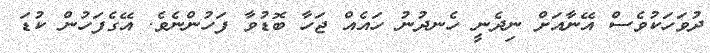
ދުވަހަކުވެސް އޭނާއަށް ނިދެނީ ހެނދުނު ހައެއް ޖަހާ ބޮޑުވާ ފަހުންނެވެ. އޭގެފަހުން ކުޑަ